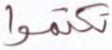
تكتموا